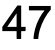
47